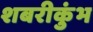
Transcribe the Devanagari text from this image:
शबरीकुंभ